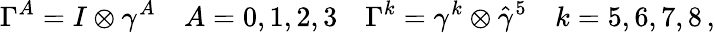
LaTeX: \Gamma^{A}=I\otimes\gamma^{A}\quad A=0,1,2,3\quad\Gamma^{k}=\gamma^{k}\otimes\hat{\gamma}^{5}\quad k=5,6,7,8\, ,